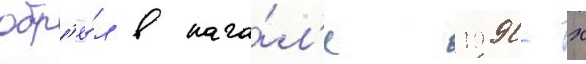
обр'ё́л в нача́л'е 1990-х